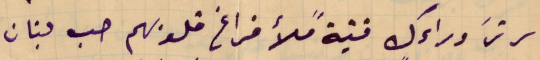
سر ترَ وراءك فتيةً ملأ فراغ قلوبهم حب لبنان